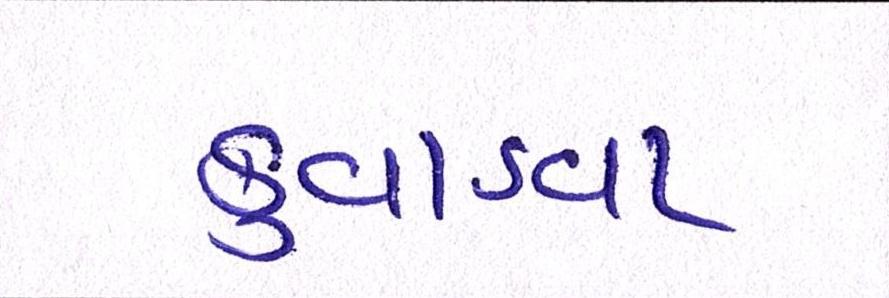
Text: કુવાડવા